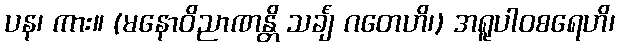
ပန၊ ကား။ (မနောဝိညာဏန္တိ သင်္ချံ ဂတေဟိ၊) အရူပါဝစရေဟိ၊